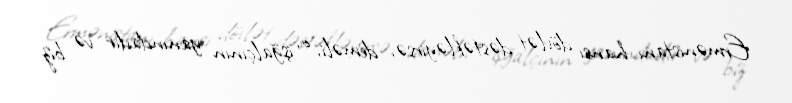
Ermənistanı hansı dövlət dəstəkləyirsə, deməli, o, işğalçının yanındadır və biz